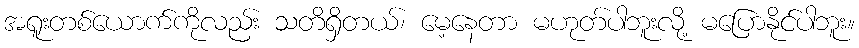
အရူးတစ်ယောက်ကိုလည်း သတိရှိတယ်၊ မေ့နေတာ မဟုတ်ပါဘူးလို့ မပြောနိုင်ပါဘူး။